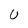
Character: U